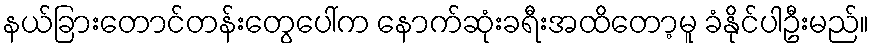
နယ်ခြားတောင်တန်းတွေပေါ်က နောက်ဆုံးခရီးအထိတော့မူ ခံနိုင်ပါဦးမည်။